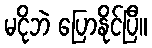
မငိုဘဲ ပြောနိုင်ပြီ။